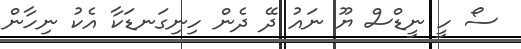
ސޯ ހީ ނީޑްސް ޔޫ ނައު ދޭ ދެން ހިނިގަނޑަކާ އެކު ނިހާން